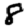
Digit: 8